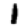
Digit: 1